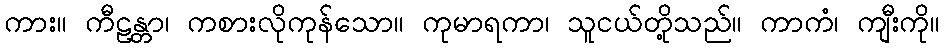
ကား။ ကီဠန္တာ၊ ကစားလိုကုန်သော။ ကုမာရကာ၊ သူငယ်တို့သည်။ ကာကံ၊ ကျီးကို။